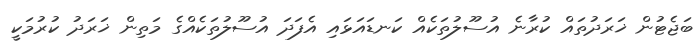
ބަޖެޓުން ޚަރަދުތައް ކުރާނެ އުސޫލުތަކެއް ކަނޑައަޅައި އެފަދަ އުސޫލުތަކެއްގެ މަތިން ޚަރަދު ކުރުމަކީ